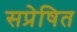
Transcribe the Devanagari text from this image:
सप्रेषित